Madras plague regulations and rules - Volume 2
Disease focus: Plague
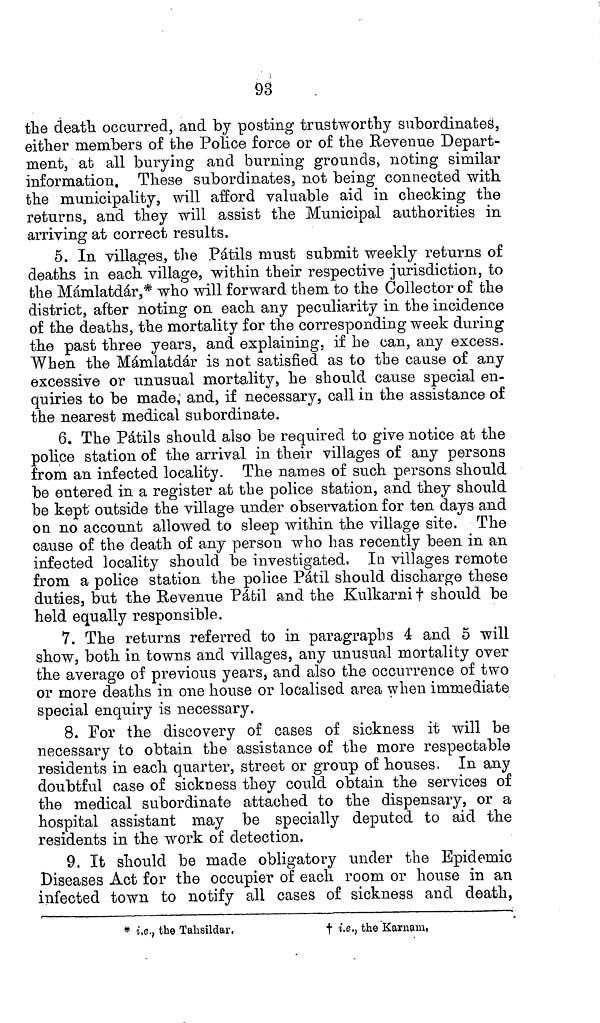
93
the death occurred, and by posting trustworthy subordinates,
either members of the Police force or of the Revenue Depart-
ment, at all burying and burning grounds, noting similar
information. These subordinates, not being connected with
the municipality, will afford valuable aid in checking the
returns, and they will assist the Municipal authorities in
arriving at correct results.
5. In villages, the Pátils must submit weekly returns of
deaths in each village, within their respective jurisdiction, to
the Mámlatdár,* who will forward them to the Collector of the
district, after noting on each any peculiarity in the incidence
of the deaths, the mortality for the corresponding week during
the past three years, and explaining, if he can, any excess.
When the Mámlatdár is not satisfied as to the cause of any
excessive or unusual mortality, he should cause special en-
quiries to be made, and, if necessary, call in the assistance of
the nearest medical subordinate.
6. The Pátils should also be required to give notice at the
police station of the arrival in their villages of any persons
from an infected locality. The names of such persons should
be entered in a register at the police station, and they should
be kept outside the village under observation for ten days and
on no account allowed to sleep within the village site. The
cause of the death of any person who has recently been in an
infected locality should be investigated, In villages remote
from a police station the police Pátil should discharge these
duties, but the Revenue Pátil and the Kulkarni † should be
held equally responsible.
7. The returns referred to in paragraphs 4 and 5 will
show, both in towns and villages, any unusual mortality over
the average of previous years, and also the occurrence of two
or more deaths in one house or localised area when immediate
special enquiry is necessary.
8. For the discovery of cases of sickness it will be
necessary to obtain the assistance of the more respectable
residents in each quarter, street or group of houses, In any
doubtful case of sickness they could obtain the services of
the medical subordinate attached to the dispensary, or a
hospital assistant may be specially deputed to aid the
residents in the work of detection.
9. It should be made obligatory under the Epidemic
Diseases Act for the occupier of each room or house in an
infected town to notify all cases of sickness and death,
* i.e., the Tahsildar,
† i.e., the Karnam,